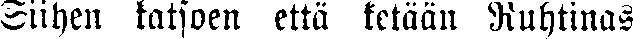
Siihen katsoen että ketään Ruhtinas